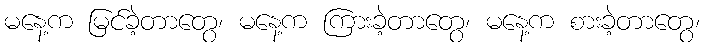
မနေ့က မြင်ခဲ့တာတွေ၊ မနေ့က ကြားခဲ့တာတွေ၊ မနေ့က စားခဲ့တာတွေ၊